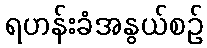
ရဟန်းခံအနွယ်စဉ်